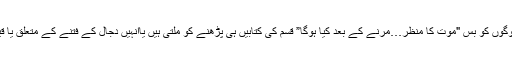
سو ہمارے اردو پڑھنے والے لوگوں کو بس "موت کا منظر…مرنے کے بعد کیا ہوگا” قسم کی کتابیں ہی پڑھنے کو ملتی ہیں یاانہیں دجال کے فتنے کے متعلق یا قیامت کے آثار بتائے جاتے ہیں۔